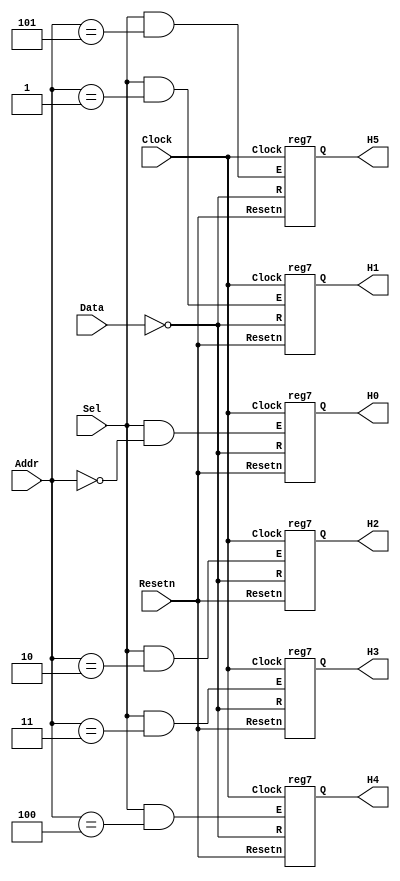
// Data written to registers R0 to R5 are sent to the H digits
module seg7 (Data, Addr, Sel, Resetn, Clock, H5, H4, H3, H2, H1, H0);
    input [6:0] Data;
    input [2:0] Addr;
    input Sel, Resetn, Clock;
    output [6:0] H5, H4, H3, H2, H1, H0;

    wire [6:0] nData;
    assign nData = ~Data;

    reg7 reg_R0 (nData, Clock, Resetn, Sel & (Addr == 3'b000), H0);
    reg7 reg_R1 (nData, Clock, Resetn, Sel & (Addr == 3'b001), H1);
    reg7 reg_R2 (nData, Clock, Resetn, Sel & (Addr == 3'b010), H2);
    reg7 reg_R3 (nData, Clock, Resetn, Sel & (Addr == 3'b011), H3);
    reg7 reg_R4 (nData, Clock, Resetn, Sel & (Addr == 3'b100), H4);
    reg7 reg_R5 (nData, Clock, Resetn, Sel & (Addr == 3'b101), H5);
endmodule

module reg7 (R, Clock, Resetn, E, Q);
    parameter n = 7;
    input [n-1:0] R;
    input Clock, Resetn, E;
    output [n-1:0] Q;
    reg [n-1:0] Q;	
	
    always @(posedge Clock)
        if (Resetn == 0)
            Q <= {n{1'b1}};  // turn OFF all segments on reset
        else if (E)
            Q <= R;
endmodule